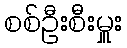
စစ်ဦးစီးမှူး